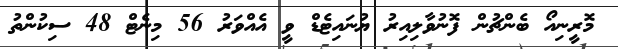
މޮރީނިއޯ ބެންޗުން ފޮނުވާލިއިރު ޔުނައިޓެޑް ވީ އެއްވަރު 56 މިނެޓް 48 ސިކުންތު